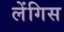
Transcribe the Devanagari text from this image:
लेंगिस